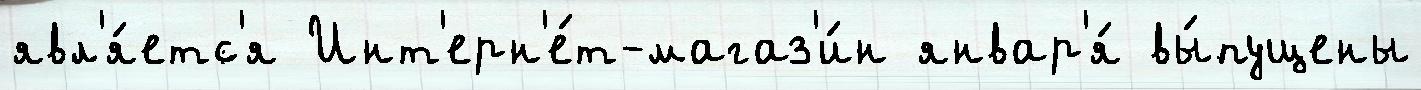
явл'я́етс'я Инт'ерн'е́т-магаз'и́н январ'я́ вы́пущены